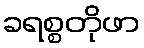
ခရစ္စတိုဖာ